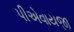
પીએવાયજી